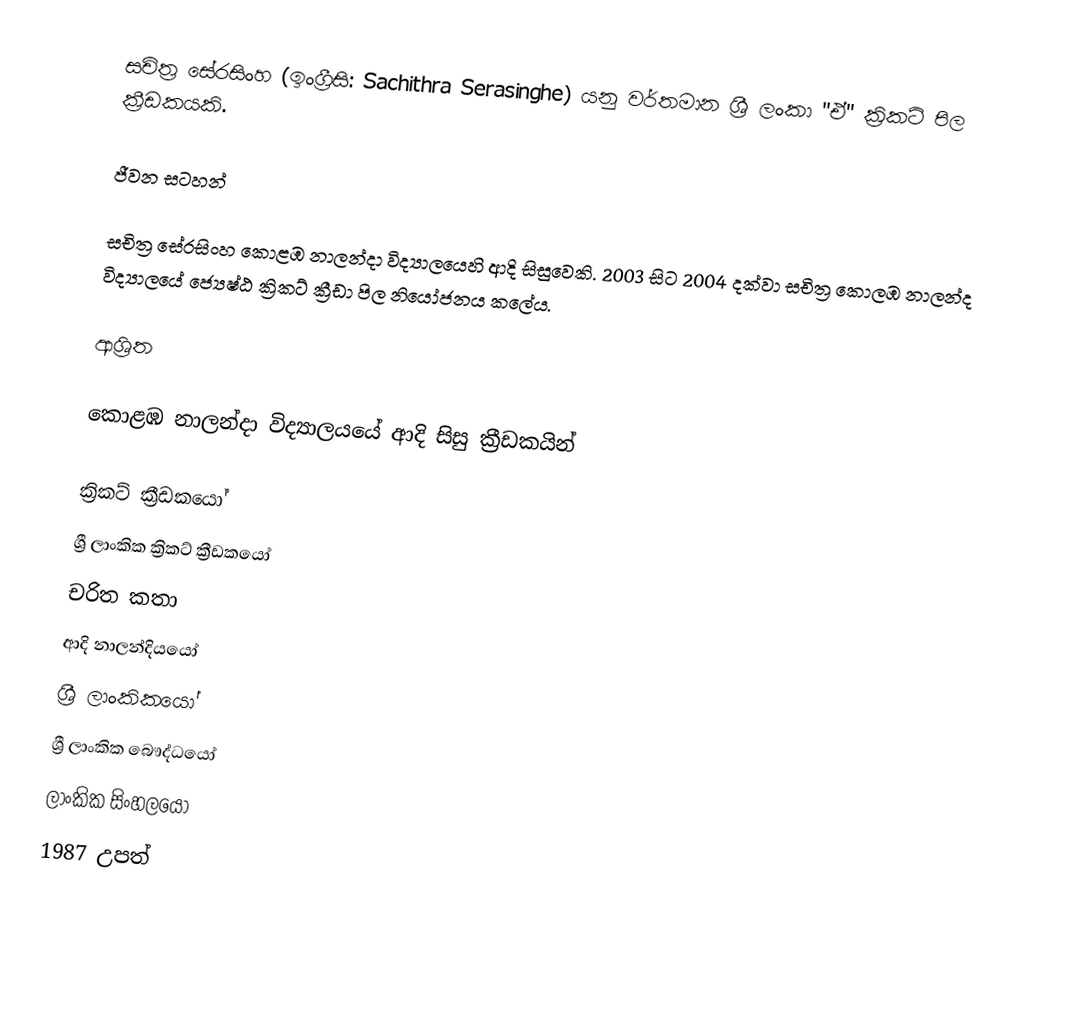
සචිත්‍ර සේරසිංහ (ඉංග්‍රීසි: Sachithra Serasinghe) යනු වර්තමාන ශ්‍රී ලංකා "ඒ" ක්‍රිකට් පිල ක්‍රීඩකයකි.

ජීවන සටහන්

සචිත්‍ර සේරසිංහ  කොළඹ නාලන්දා විද්‍යා‍ලයෙහි ආදි සිසුවෙකි. 2003 සිට 2004 දක්වා සචිත්‍ර  කොලඹ නාලන්ද  විද්‍යාලයේ  ජ්‍යෙෂ්ඨ ක්‍රිකට් ක්‍රීඩා පිල නියෝජනය කලේය.

ආශ්‍රිත

කොළඹ නාලන්දා විද්‍යාලයයේ ආදි සිසු ක්‍රීඩකයින්

ක්‍රිකට් ක්‍රීඩකයෝ
ශ්‍රී ලාංකික ක්‍රිකට් ක්‍රීඩකයෝ
චරිත කතා
ආදි නාලන්දියයෝ
ශ්‍රී ලාංකිකයෝ
ශ්‍රී ලාංකික බෞද්ධයෝ
ලාංකික සිංහලයෝ
1987 උපත්